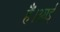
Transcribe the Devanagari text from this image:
हैं।आई